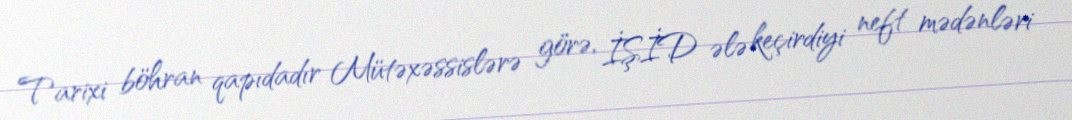
Tarixi böhran qapıdadır Mütəxəssislərə görə, İŞİD ələ keçirdiyi neft mədənləri